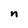
Character: n